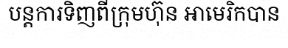
បន្តការទិញពីក្រុមហ៊ុន អាមេរិកបាន